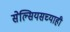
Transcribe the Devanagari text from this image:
सेल्सियसच्याही